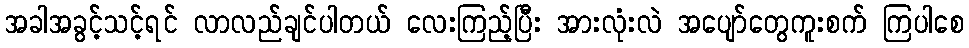
အခါအခွင့်သင့်ရင် လာလည်ချင်ပါတယ် လေးကြည့်ပြီး အားလုံးလဲ အပျော်တွေကူးစက် ကြပါစေ